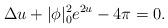
LaTeX: \begin{align*}\Delta u+|\phi|_0^2e^{2u}-4\pi=0.\end{align*}